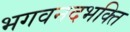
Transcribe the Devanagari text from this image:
भगवनदभक्ति